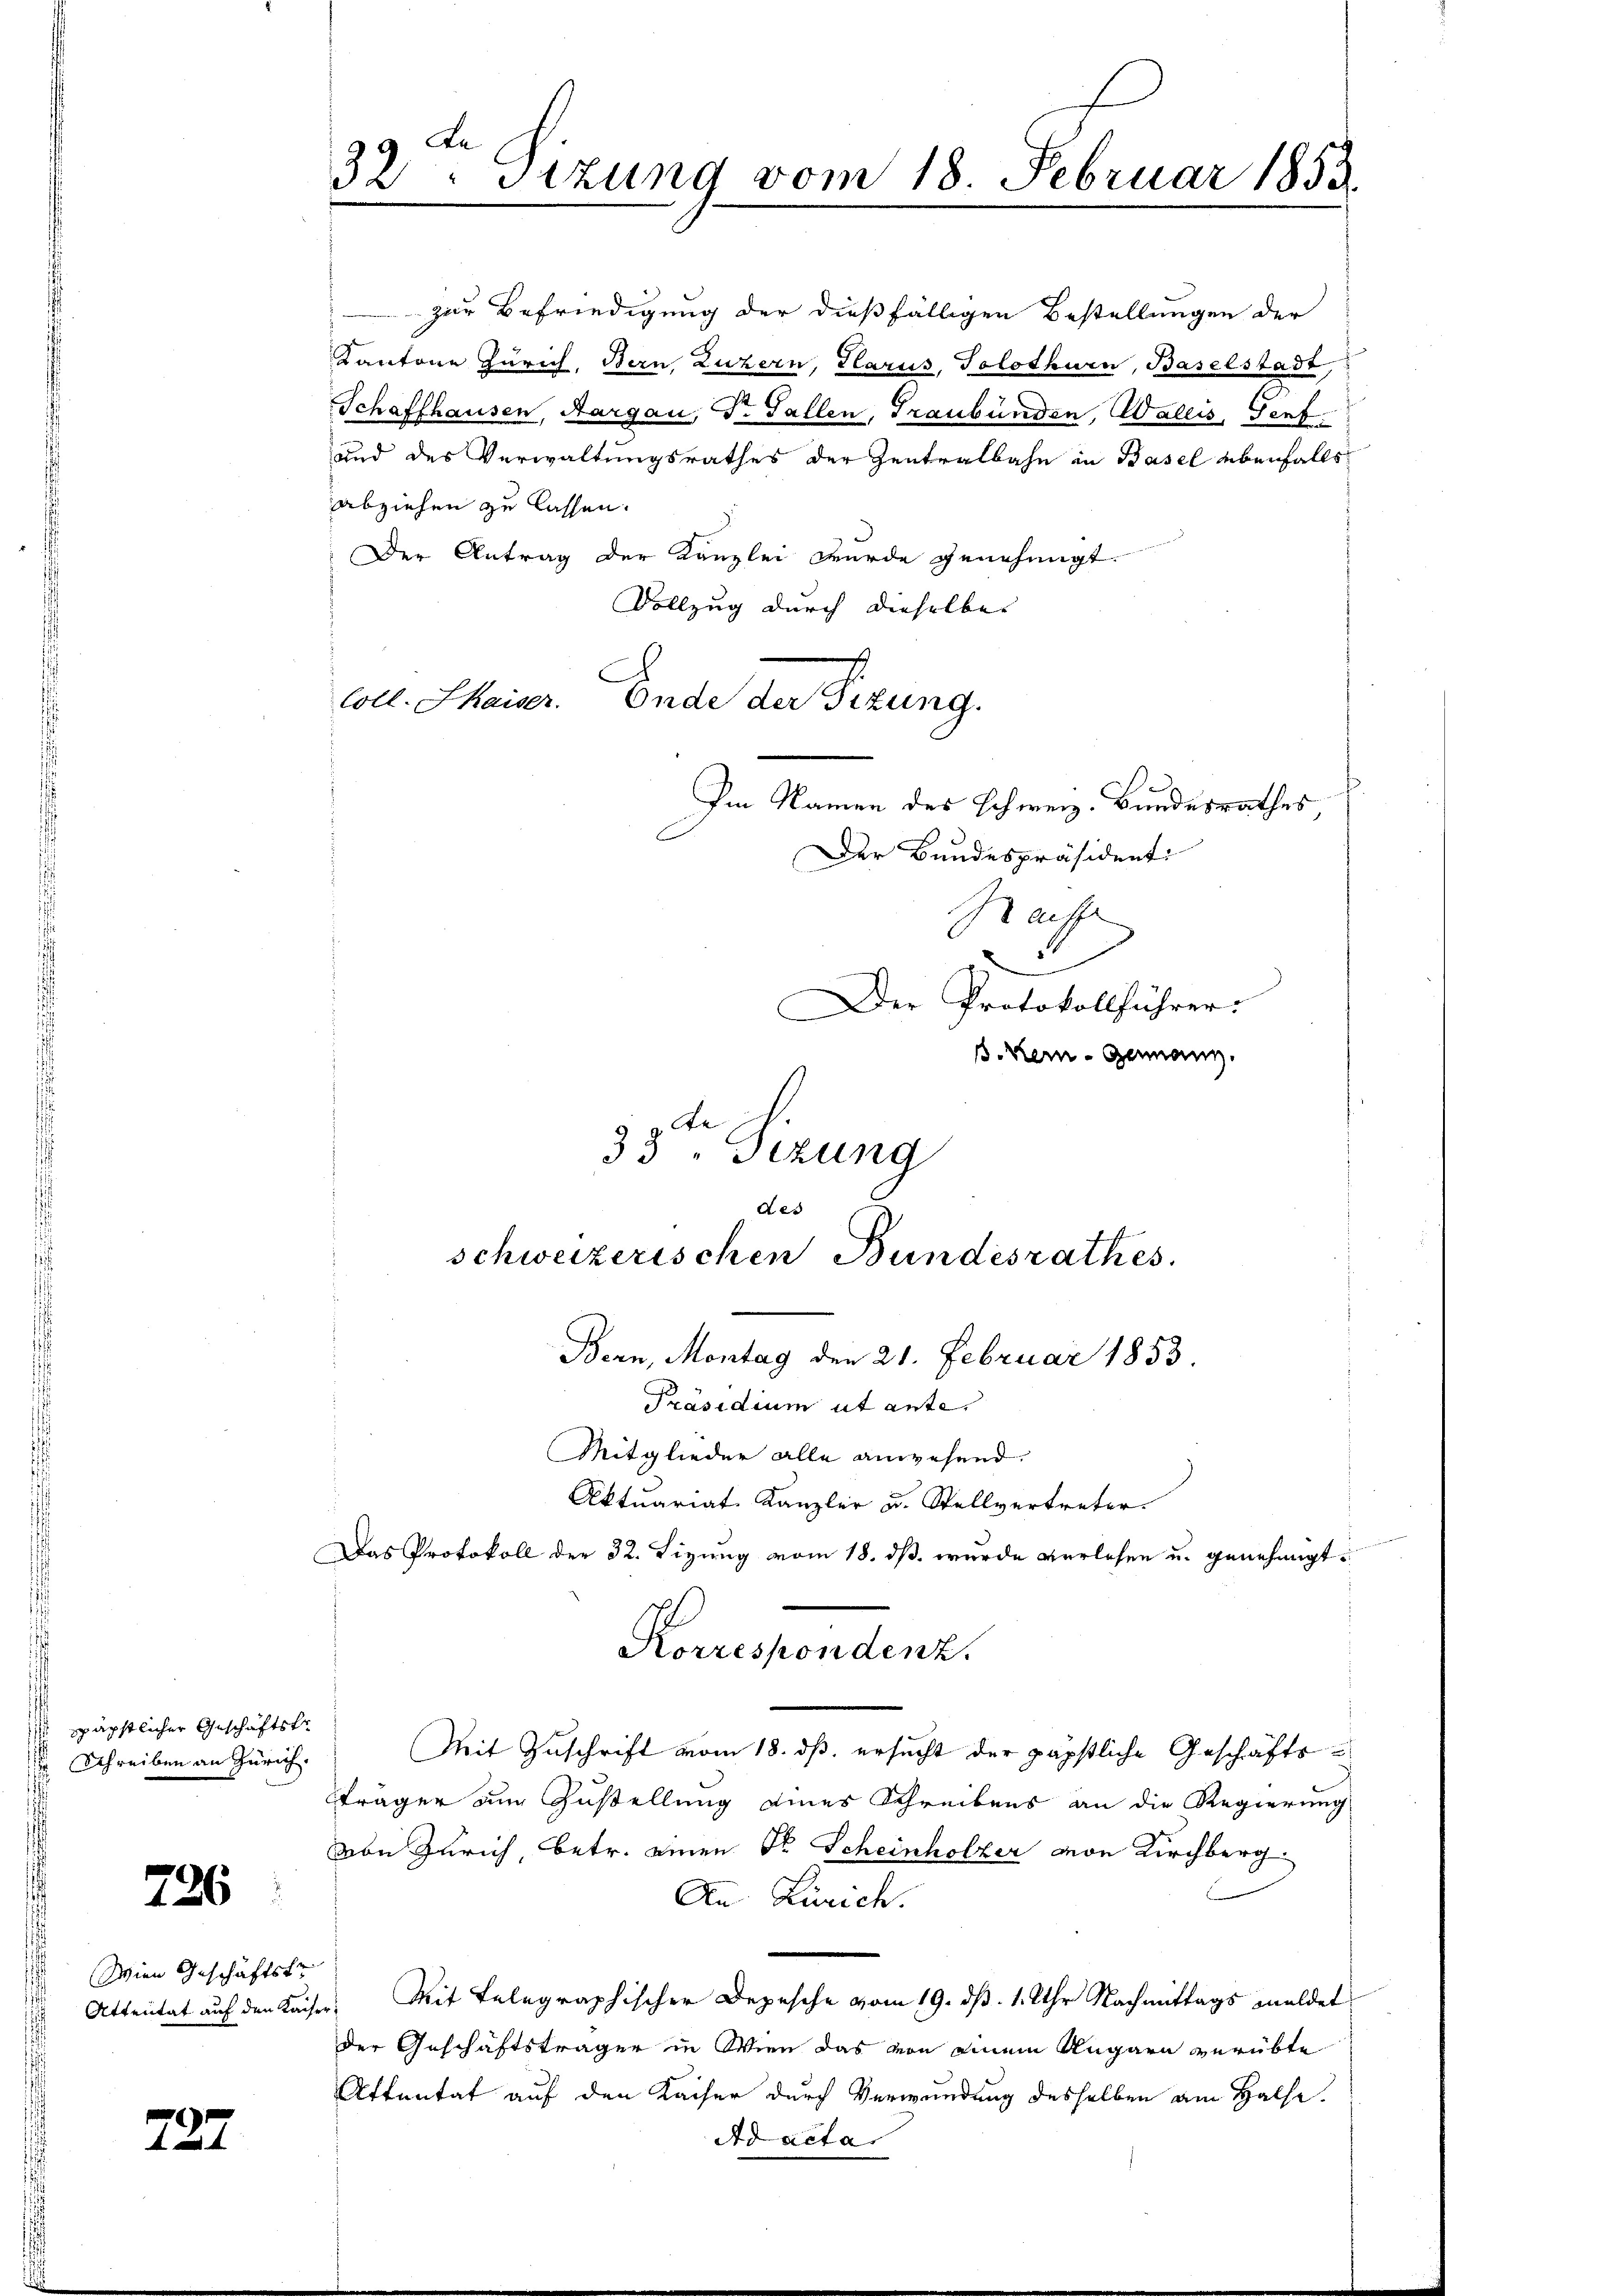
späpstlicher Geschäftste
 Schreiben an Zürich.

726

Wien Geschäftstr
Attentat auf den Kaiser

727

32 Sitzung vom 18. Februar 1853

zur Befriedigung der dießfälligen Bestellungen der
Kantone Zürich, Bern, Luzern, Glarus, Solothurn, Baselstadt
Schaffhausen, Aargau, Dr. Fallen, Graubünden, Wallis, Genf
und des Verwaltungsrathes der Zentralbahn in Basel ebenfalls
abziehen zu lassen.
Der Antrag der Kanzlei wurde genehmigt.
Vollzug durch dieselbe
c
Coll. Shaiser. Ende der Sizung.
Im Namen des Schweiz. Bundesrathes,
Der Bundespräsidenti
Sache

1
e
33 "Stzung
der
schweizerischen Bundesrathes.
Bern, Montag den 21. Februar 1853.

Der Protokollführer:
. Kein - Genann

Präsidium ut ante.
Mitglieder alle anwesend.
Aktuariat Kanzler u. Stellvertreter.
Das Protokoll der 32. Lizung vom 18. ds. wurde verlesen u. genehmigt.
Mit Zuschrift vom 18. ds. ersucht der päpstliche Geschäftsträger zur Zustellung eines Schreibens an die Regierung
von Zürich, betr. einen Dr Scheinholzer von Kirchberg.
An Zürich.
Mit Telegraphischer Depesche vom 19. ds. 1. Uhr Nachmittags meldet
e
der Geschäftsträger in Wien das von einem Ungarn verübte
Attentat auf den Kaiser durch Verwendung desselben am Halfe.
Ad acta

Korrespondenz.